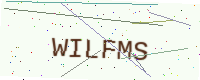
Text: WILFMS